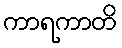
ကာရကာတိ